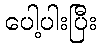
ပေါ့ပါးပြီး